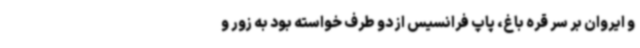
و ایروان بر سر قره باغ، پاپ فرانسیس از دو طرف خواسته بود به زور و